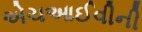
એચઆઈવીની